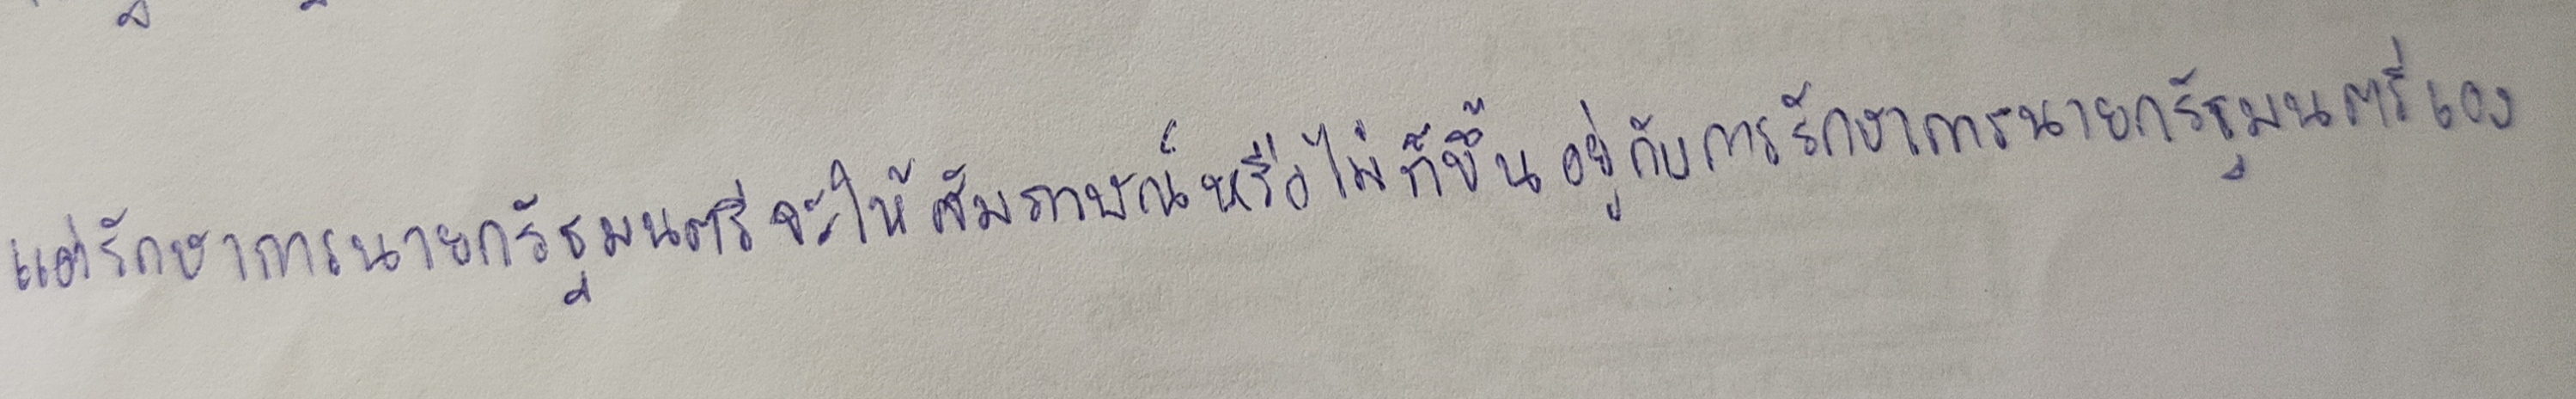
แต่รักษาการนายกรัฐมนตรีจะให้สัมภาษณ์หรือไม่ก็ขึ้นอยู่กับรักษาการนายกรัฐมนตรีเอง